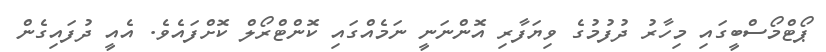
ޕޯޓްމޯސްބީގައި މިހާރު ދުފުމުގެ ވިޔަފާރި އޮންނަނީ ނަމެއްގައި ކޮންޓްރޯލް ކޮށްފައެވެ. އެއީ ދުފައިގެން